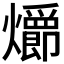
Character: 𪺄